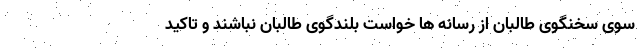
سوی سخنگوی طالبان از رسانه ها خواست بلندگوی طالبان نباشند و تاکید